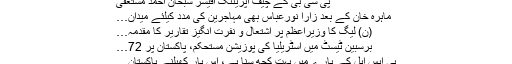
پی سی بی کے چیف آپریٹنگ آفیسر سبحان احمد مستعفیٰ
ماہرہ خان کے بعد زارا نورعباس بھی مہاجرین کی مدد کیلئے میدان…
(ن) لیگ کا وزیراعظم پر اشتعال و نفرت انگیز تقاریر کا مقدمہ…
برسبین ٹیسٹ میں آسٹریلیا کی پوزیشن مستحکم، پاکستان پر 72…
پی ایس ایل کے بارے میں بہت کچھ سنا ہے، اس بار کھیلنے پاکستان…